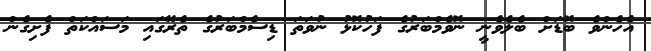
އެހެންވެ ބޮޑަށް ބެލެވެނީ ނޮވެމްބަރުގެ ފަހުކޮޅު ނުވަތަ ޑިސެމްބަރުގެ ތެރޭގައި މަސައްކަތް ފެށިގެން